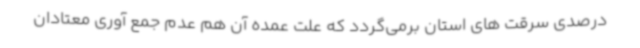
درصدی سرقت های استان برمی‌گردد که علت عمده آن هم عدم جمع آوری معتادان